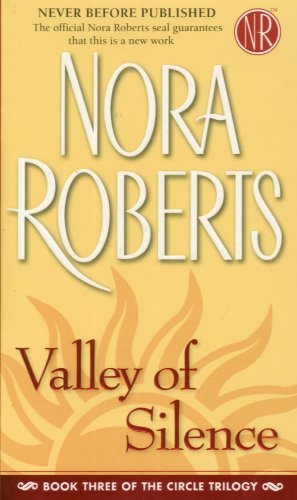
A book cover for Valley of Silence (The Circle Trilogy, Book 3); Nora  Roberts; Romance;